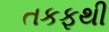
તકફથી